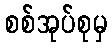
စစ်အုပ်စုမှ